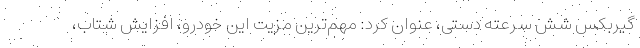
گیربکس شش سرعته دستی، عنوان کرد: مهم‌ترین مزیت این خودرو، افزایش شتاب،